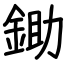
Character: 鋤